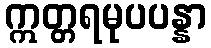
ဣတ္တရမုပပန္နာ